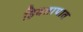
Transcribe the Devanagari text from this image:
हिवतापात